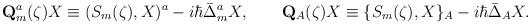
LaTeX: \begin{align*}\mathbf{Q}_m^a(\zeta) X \equiv ( S_m(\zeta), X )^a - i \hbar \bar{\Delta}^a_m X,\qquad\mathbf{Q}_A(\zeta) X \equiv \{ S_m(\zeta), X \}_A -i \hbar \bar{\Delta}_A X.\end{align*}